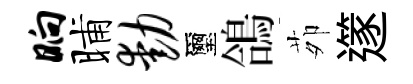
晌晡动璽鴿茆𨗹